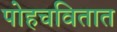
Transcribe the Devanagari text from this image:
पोहचवितात